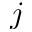
j